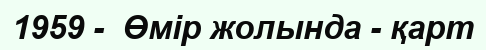
1959 -  Өмір жолында - қарт